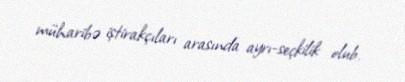
müharibə iştirakçıları arasında ayrı-seçkilik olub.